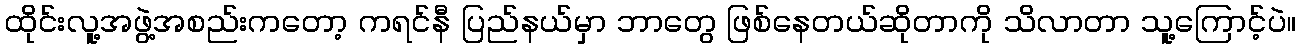
ထိုင်းလူ့အဖွဲ့အစည်းကတော့ ကရင်နီ ပြည်နယ်မှာ ဘာတွေ ဖြစ်နေတယ်ဆိုတာကို သိလာတာ သူ့ကြောင့်ပဲ။